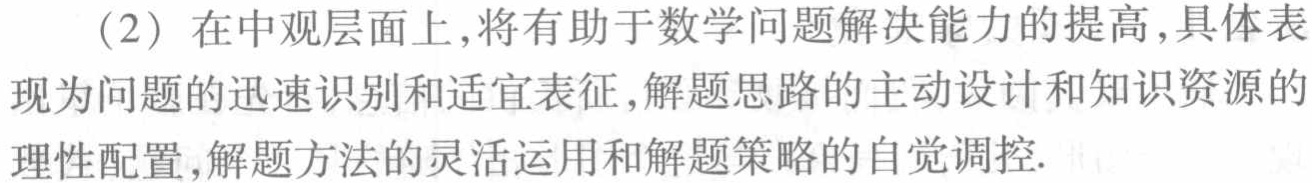
(2) 在中观层面上,将有助于数学问题解决能力的提高,具体表现为问题的迅速识别和适宜表征,解题思路的主动设计和知识资源的理性配置,解题方法的灵活运用和解题策略的自觉调控.